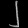
Digit: ၂